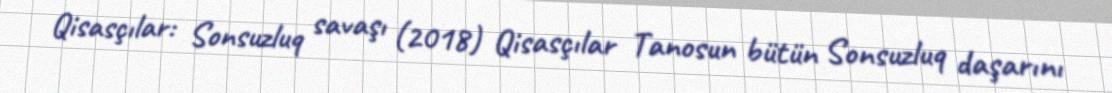
Qisasçılar: Sonsuzluq savaşı (2018) Qisasçılar Tanosun bütün Sonsuzluq daşarını